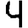
Digit: 4